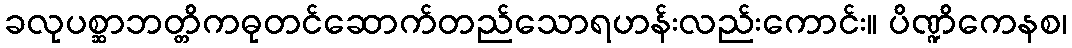
ခလုပစ္ဆာဘတ္တိကဓုတင်ဆောက်တည်သောရဟန်းလည်းကောင်း။ ပိဏ္ဍိကေနစ၊